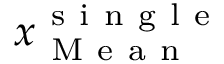
\boldsymbol { x } _ { \mathrm { ~ M ~ e ~ a ~ n ~ } } ^ { \mathrm { ~ s ~ i ~ n ~ g ~ l ~ e ~ } }